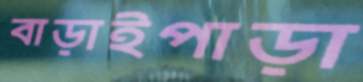
বাড়াইপাড়া